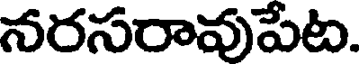
నరసరావుపేట.